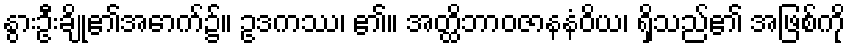
နွားဦးချို၏အောက်၌။ ဥဒကဿ၊ ၏။ အတ္ထိဘာဝဇာနနံဝိယ၊ ရှိသည်၏ အဖြစ်ကို